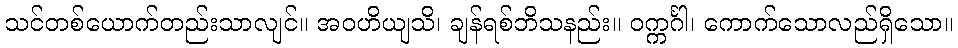
သင်တစ်ယောက်တည်းသာလျင်။ အဝဟိယျသိ၊ ချန်ရစ်ဘိသနည်း။ ဝက္ကင်္ဂါ၊ ကောက်သောလည်ရှိသော။